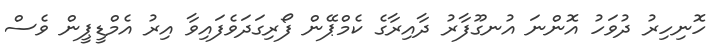
ހޮނިހިރު ދުވަހު އޮންނަ އުނގޫފާރު ދާއިރާގެ ކެމްޕޭން ފޯރިގަދަވެފައިވާ އިރު އެމްޑީޕީން ވެސް